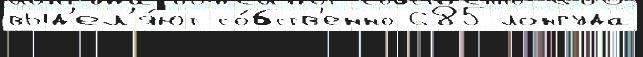
выд'ел'я́ют со́бств'енно 685 лонгуда